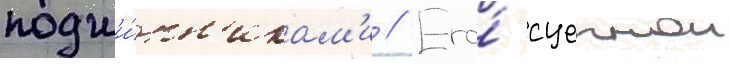
подши́пн'икам'и // Его́ сцепнои